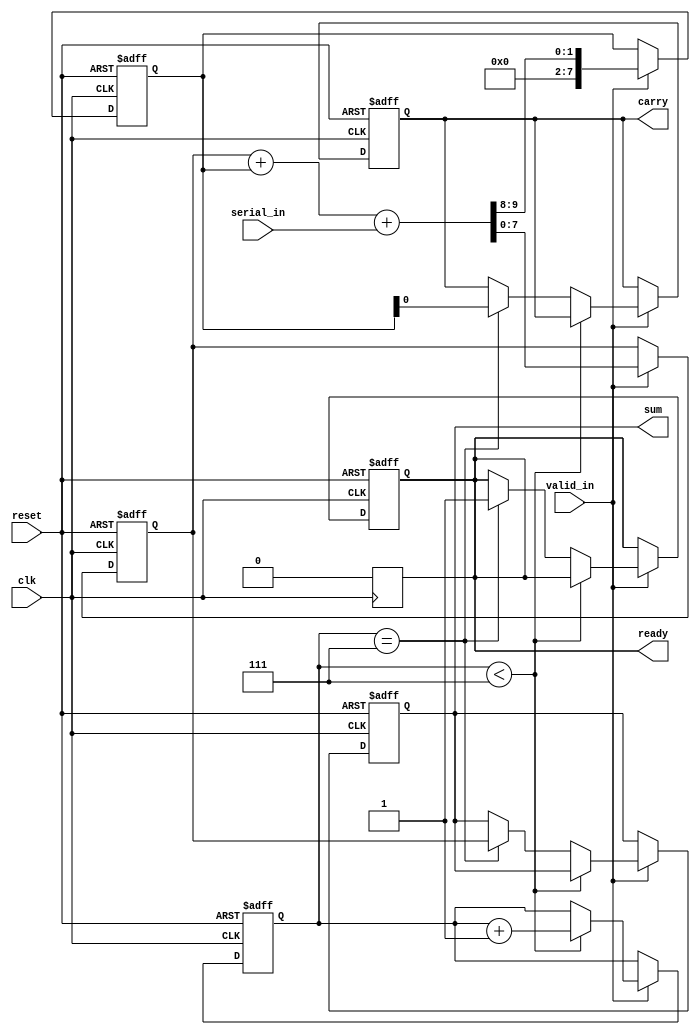
module CarrySaveAdder (
    input clk,
    input reset,
    input serial_in,
    input valid_in,       // control signal to indicate valid input
    output reg [7:0] sum, // Output - assuming 8-bit sum
    output reg carry,      // Output - carry out from the addition
    output reg ready       // Output - indicates when the final output is ready
);

// Parameters
parameter N_OPS = 4;     // Number of operands to be added
parameter WIDTH = 8;      // Width of each operand (bits)

// Registers
reg [WIDTH-1:0] sum_reg; // To hold intermediate sum
reg [WIDTH-1:0] carry_reg; // To hold intermediate carry
reg [N_OPS-1:0] count;    // Counter for number of received bits

// Initialize registers
always @(posedge clk or posedge reset) begin
    if (reset) begin
        sum_reg <= 0;
        carry_reg <= 0;
        count <= 0;
        sum <= 0;
        carry <= 0;
        ready <= 0;
    end else if (valid_in) begin
        // Adding the incoming serial bit
        {carry_reg, sum_reg} <= {1'b0, sum_reg} + {1'b0, carry_reg} + {1'b0, serial_in};
        
        if (count < WIDTH - 1) begin
            count <= count + 1;
        end else if (count == WIDTH - 1) begin
            sum <= sum_reg; // Only save the final sum when all bits are in
            carry <= carry_reg[0]; // Save the final carry
            ready <= 1; // Indicate output is ready
        end
    end
end

// Reset the ready status after reading the output
always @(posedge clk) begin
    if (ready) begin
        ready <= 0; // Reset ready after reading.
    end
end

endmodule